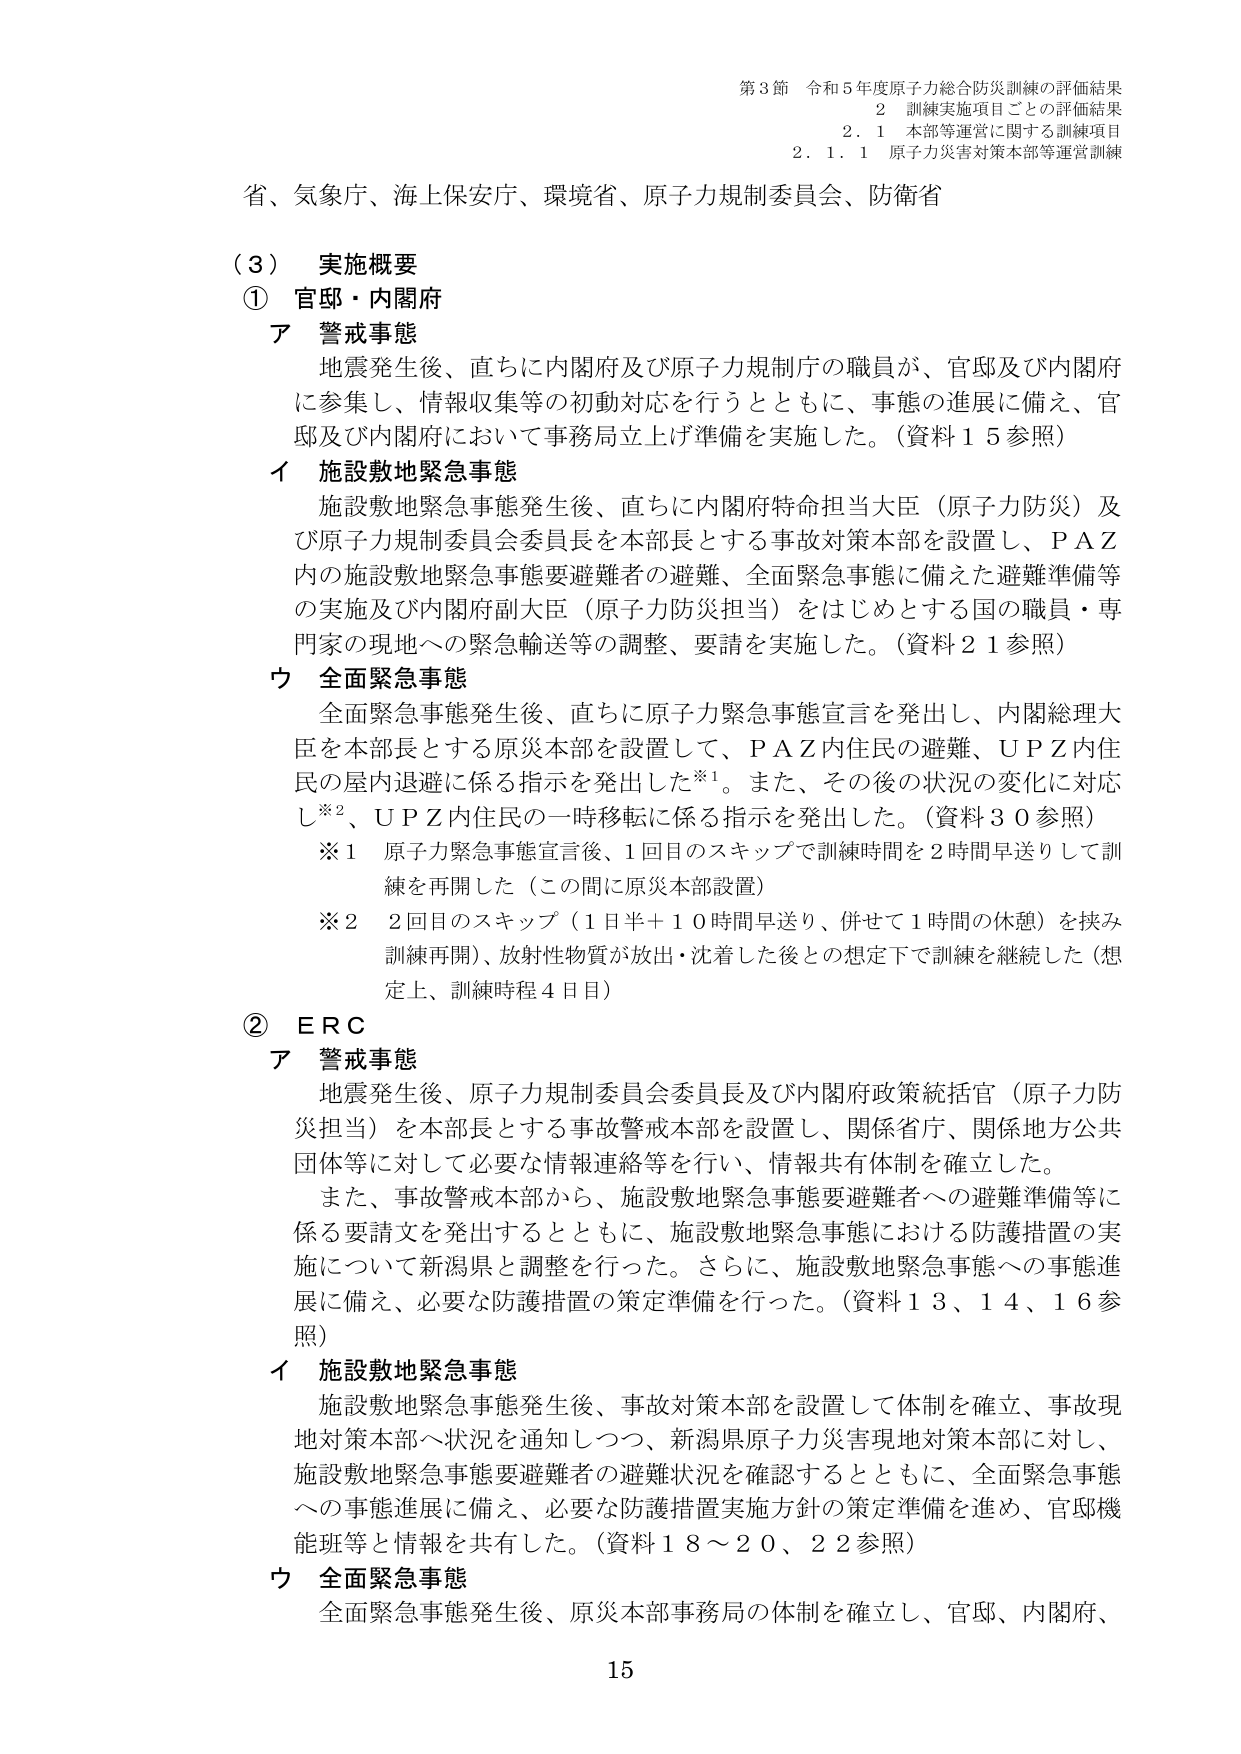
第3節 令和5年度原子力総合防災訓練の評価結果
2 訓練実施項目ごとの評価結果
2.1 本部等運営に関する訓練項目
2.1.1 原子力災害対策本部等運営訓練

省、気象庁、海上保安庁、環境省、原子力規制委員会、防衛省

（3） 実施概要
① 官邸・内閣府
ア 警戒事態
地震発生後、直ちに内閣府及び原子力規制庁の職員が、官邸及び内閣府に参集し、情報収集等の初動対応を行うとともに、事態の進展に備え、官邸及び内閣府において事務局立上げ準備を実施した。（資料15参照）

イ 施設敷地緊急事態
施設敷地緊急事態発生後、直ちに内閣府特命担当大臣（原子力防災）及び原子力規制委員会委員長を本部長とする事故対策本部を設置し、ＰＡＺ内の施設敷地緊急事態要避難者の避難、全面緊急事態に備えた避難準備等の実施及び内閣府副大臣（原子力防災担当）をはじめとする国の職員・専門家の現地への緊急輸送等の調整、要請を実施した。（資料21参照）

ウ 全面緊急事態
全面緊急事態発生後、直ちに原子力緊急事態宣言を発出し、内閣総理大臣を本部長とする原災本部を設置して、ＰＡＺ内住民の避難、ＵＰＺ内住民の屋内退避に係る指示を発出した※1。また、その後の状況の変化に対応し※2、ＵＰＺ内住民の一時移転に係る指示を発出した。（資料30参照）

※1 原子力緊急事態宣言後、1回目のスキップで訓練時間を2時間早送りして訓練を再開した（この間に原災本部設置）
※2 2回目のスキップ（1日半＋10時間早送り、併せて1時間の休憩）を挟み訓練再開）、放射性物質が放出・沈着した後との想定下で訓練を継続した（想定上、訓練時程4日目）

② ERC
ア 警戒事態
地震発生後、原子力規制委員会委員長及び内閣府政策統括官（原子力防災担当）を本部長とする事故警戒本部を設置し、関係省庁、関係地方公共団体等に対して必要な情報連絡等を行い、情報共有体制を確立した。
また、事故警戒本部から、施設敷地緊急事態要避難者への避難準備等に係る要請文を発出するとともに、施設敷地緊急事態における防護措置の実施について新潟県と調整を行った。さらに、施設敷地緊急事態への事態進展に備え、必要な防護措置の策定準備を行った。（資料13、14、16参照）

イ 施設敷地緊急事態
施設敷地緊急事態発生後、事故対策本部を設置して体制を確立、事故現地対策本部へ状況を通知しつつ、新潟県原子力災害現地対策本部に対し、施設敷地緊急事態要避難者の避難状況を確認するとともに、全面緊急事態への事態進展に備え、必要な防護措置実施方針の策定準備を進め、官邸機能班等と情報を共有した。（資料18～20、22参照）

ウ 全面緊急事態
全面緊急事態発生後、原災本部事務局の体制を確立し、官邸、内閣府、

15